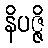
နိပဇ္ဇိ